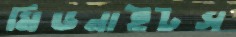
মিডনাইটস